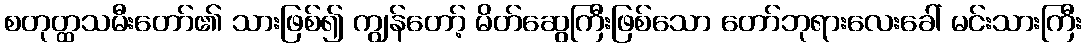
စတုတ္ထသမီးတော်၏ သားဖြစ်၍ ကျွန်တော့် မိတ်ဆွေကြီးဖြစ်သော တော်ဘုရားလေးခေါ် မင်းသားကြီး